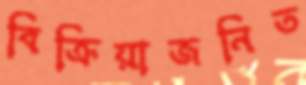
বিক্রিয়াজনিত